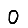
Digit: 0